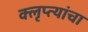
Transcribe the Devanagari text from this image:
क्लृप्त्यांचा